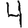
Digit: 4